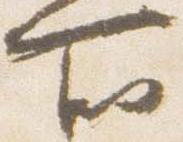
所